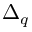
\Delta _ { q }